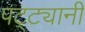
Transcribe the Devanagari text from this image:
पट्ट्यानी